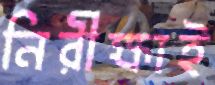
নিরীক্ষাই